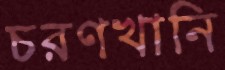
চরণখানি